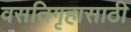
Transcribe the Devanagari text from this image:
वसतिगृहासाठी